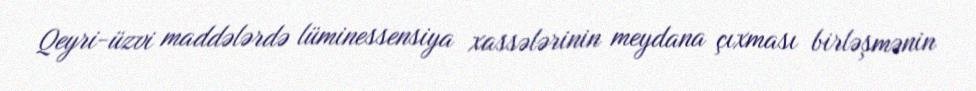
Qeyri-üzvi maddələrdə lüminessensiya xassələrinin meydana çıxması birləşmənin